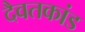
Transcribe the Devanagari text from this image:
दैवतकांड